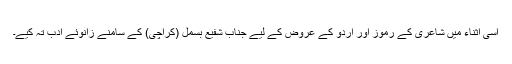
اسی اثناء میں شاعری کے رموز اور اُردو کے عروض کے لیے جناب شفیع بسمل (کراچی) کے سامنے زانوئے ادب تہ کیے۔